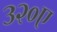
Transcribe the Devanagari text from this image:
३२०ए